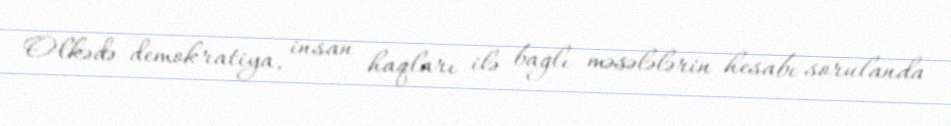
Ölkədə demokratiya, insan haqları ilə bağlı məsələlərin hesabı sorulanda